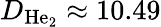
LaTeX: D_{\mathrm{He_{2}}}\approx 10.49